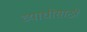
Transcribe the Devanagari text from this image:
व्याधीसाठी